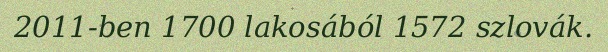
2011-ben 1700 lakosából 1572 szlovák.